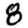
Digit: 8